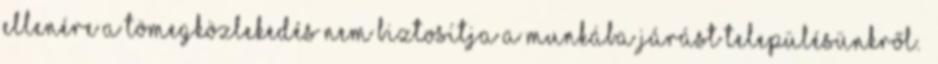
ellenére a tömegközlekedés nem biztosítja a munkába járást településünkről.”